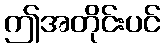
ဤအတိုင်းပင်